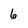
Character: 6